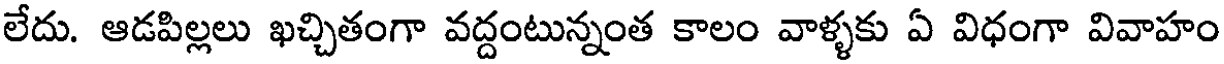
లేదు. ఆడపిల్లలు ఖచ్చితంగా వద్దంటున్నంత కాలం వాళ్ళకు ఏ విధంగా వివాహం